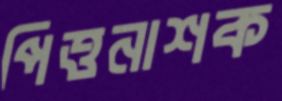
পিত্তনাশক